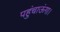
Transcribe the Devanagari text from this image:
पहुंचाऊंगा।